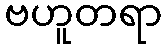
ဗဟူတရာ